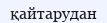
қайтарудан